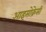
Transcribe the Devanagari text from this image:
आइसोक्रेसी